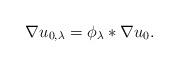
LaTeX: \begin{align*} \nabla u_{0,\lambda} = \phi_\lambda \ast \nabla u_0. \end{align*}